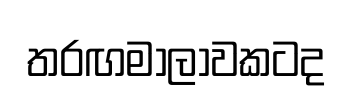
තරඟමාලාවකටද